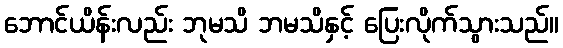
ဘောင်ယိန်းလည်း ဘုမသိ ဘမသိနှင့် ပြေးလိုက်သွားသည်။